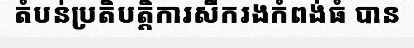
តំបន់ប្រតិបត្តិការសឹករងកំពង់ធំ បាន